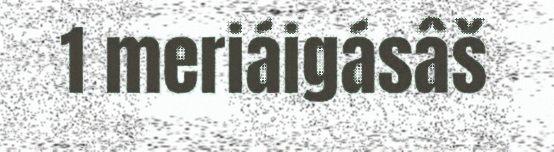
1 meriáigásâš